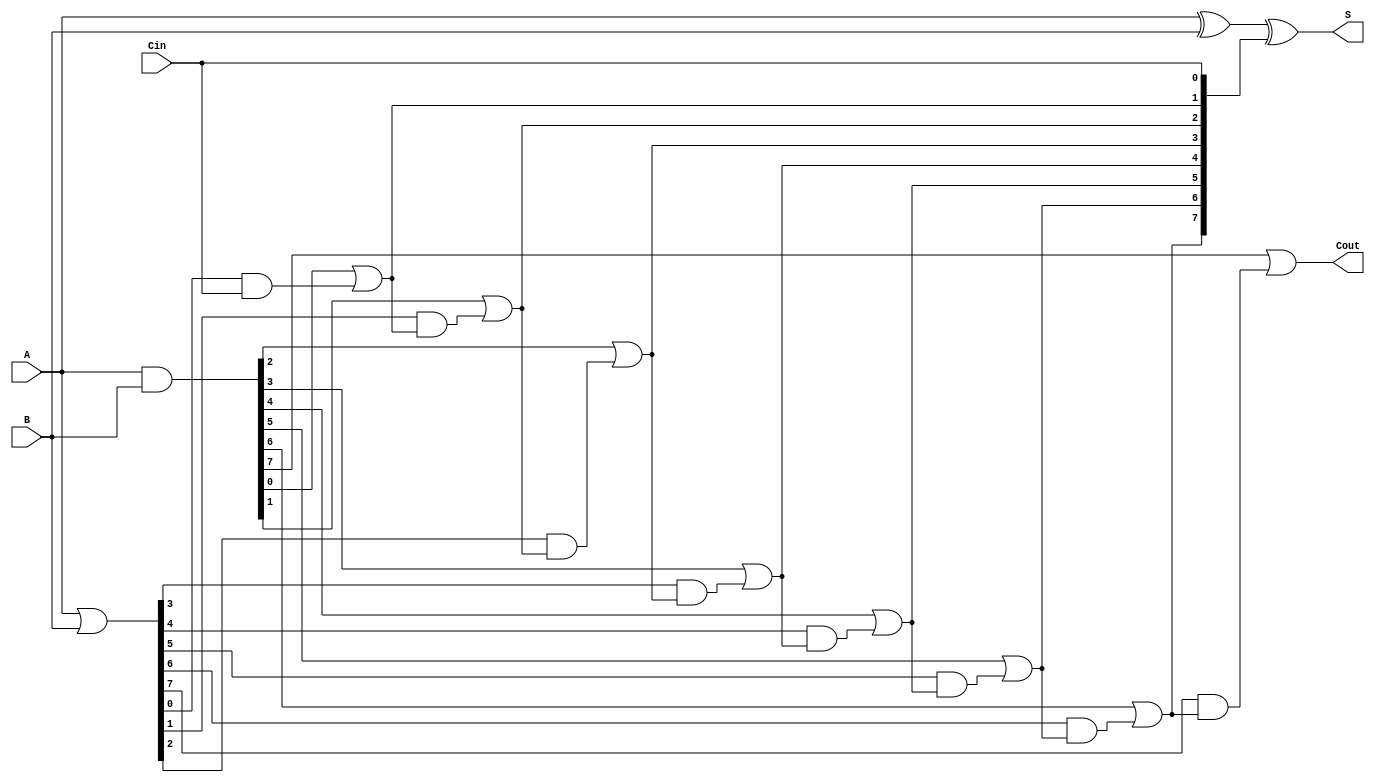
module VariableLatencyCLAA #(parameter n = 8) (
    input  [n-1:0] A,      // First operand
    input  [n-1:0] B,      // Second operand
    input          Cin,     // Carry-in
    output [n-1:0] S,      // Sum output
    output         Cout     // Carry-out
);

    // Generate and Propagate signals
    wire [n-1:0] G;        // Generate signals
    wire [n-1:0] P;        // Propagate signals
    wire [n:0] C;          // Carry signals

    // Generate and Propagate logic
    assign G = A & B;      // Generate
    assign P = A | B;      // Propagate

    // Carry signal calculation using hierarchical approach
    // Level 1: Basic carry signals
    assign C[0] = Cin;     // Carry-in

    genvar i;
    generate
        for (i = 0; i < n; i = i + 1) begin : carry_calculation
            assign C[i+1] = G[i] | (P[i] & C[i]); // Carry propagation
        end
    endgenerate

    // Sum calculation
    assign S = A ^ B ^ C[n-1:0]; // Sum calculation

    // Final Carry-out
    assign Cout = C[n]; // Carry-out

endmodule